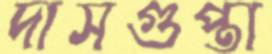
দাসগুপ্তা